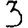
Digit: 3